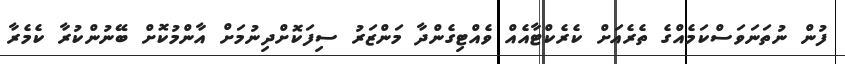
ފުން ނުތަނަވަސްކަމެއްގެ ތެރެއަށް ކެރެކްޓާއެއް ވެއްޓިގެންދާ މަންޒަރު ސިފަކޮށްދިނުމަށް އާންމުކޮށް ބޭނުންކުރާ ކެމެރާ